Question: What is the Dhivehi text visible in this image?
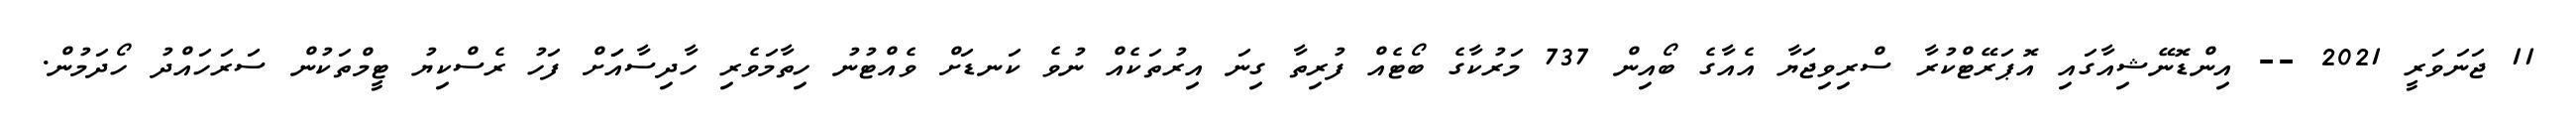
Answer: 11 ޖަނަވަރީ 2021 -- އިންޑޮނޭޝިއާގައި އޮޕަރޭޓްކުރާ ސްރިވިޖަޔާ އެއާގެ ބޯއިން 737 މަރުކާގެ ބޯޓެއް ފުރިތާ ގިނަ އިރުތަކެއް ނުވެ ކަނޑަށް ވެއްޓުނު ހިތާމަވެރި ހާދިސާއަަށް ފަހު ރެސްކިޔު ޓީމްތަކުން ސަރަހައްދު ހޯދަމުން.